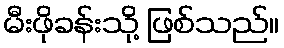
မီးဖိုခန်းသို့ ဖြစ်သည်။